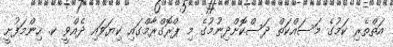
އަތްތެރި ކަމުގެ މަސައްކަތް ދަސްކޮށްދިނުމުގެ މި ޕްރޮގްރާމްގައި ކިޔަވައި ދެއްވީ ކ. ހިންމަފުށީ